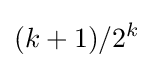
(k+1)/2^{k}